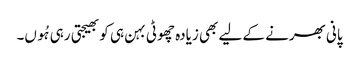
پانی بھرنے کے لیے بھی زیادہ چھوٹی بہن ہی کو بھیجتی رہی ہُوں۔